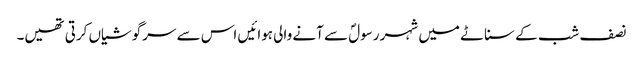
نصف شب کے سناٹے میں شہر رسولؐ سے آنے والی ہوائیں اس سے سرگوشیاں کرتی تھیں۔